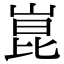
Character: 崑